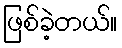
ဖြစ်ခဲ့တယ်။